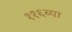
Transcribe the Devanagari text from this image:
११६व्या